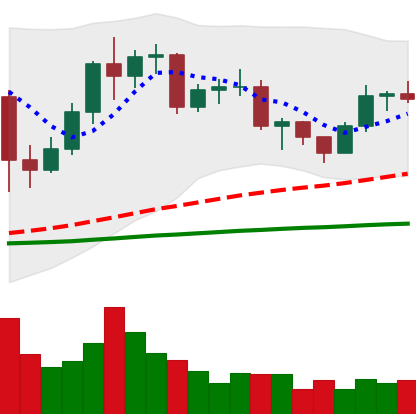
Ticker: LTC-USD
Chart end date: 2020-12-15
Forward return: 40.866%
Label: up_7plus